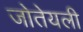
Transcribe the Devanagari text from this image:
जोतेयली